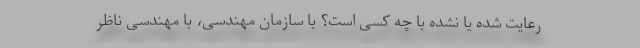
رعایت شده یا نشده با چه کسی است؟ با سازمان مهندسی، با مهندسی ناظر